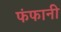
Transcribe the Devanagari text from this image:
फंफानी